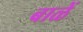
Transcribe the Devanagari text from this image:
बाळें